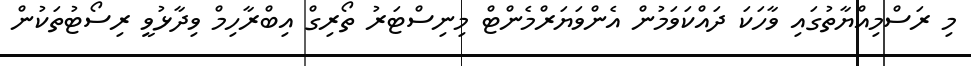
މި ރަަަސްމިއްޔާތުގައި ވާހަކަ ދައްކަވަމުން އެންވަޔަރްމެންޓް މިނިސްޓަރު ތޯރިގް އިބްރާހިމް ވިދާޅުވީ ރިސޯޓުތަކުން